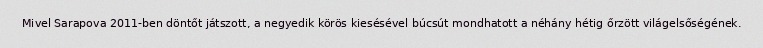
Mivel Sarapova 2011-ben döntőt játszott, a negyedik körös kiesésével búcsút mondhatott a néhány hétig őrzött világelsőségének.